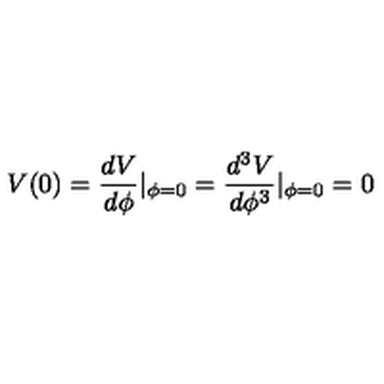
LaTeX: V ( 0 ) = \frac { d V } { d \phi } | _ { \phi = 0 } = \frac { d ^ { 3 } V } { d \phi ^ { 3 } } | _ { \phi = 0 } = 0